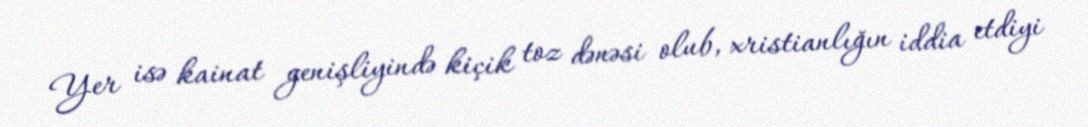
Yer isə kainat genişliyində kiçik toz dənəsi olub, xristianlığın iddia etdiyi